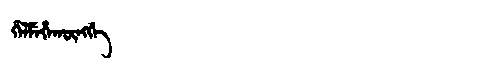
Manchu: ᡥᡝᠯᠮᡝᡥᠠᡴᡡᠩᡤᡝ
Romanization: HELMEHAKŪNGGE